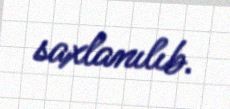
saxlanılıb.